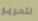
لتحرير